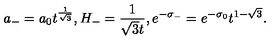
a _ { - } = a _ { 0 } t ^ { \frac { 1 } { \sqrt { 3 } } } , H _ { - } = \frac { 1 } { \sqrt { 3 } t } , e ^ { - \sigma _ { - } } = e ^ { - \sigma _ { 0 } } t ^ { 1 - \sqrt { 3 } } .